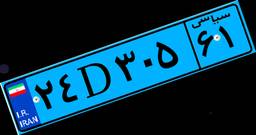
۲۴D۳۰۵۶۱